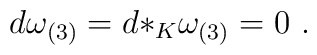
d \omega_{(3)} = d {*_{K}} \omega_{(3)} = 0\ .